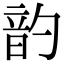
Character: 䪨